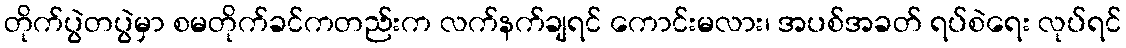
တိုက်ပွဲတပွဲမှာ စမတိုက်ခင်ကတည်းက လက်နက်ချရင် ကောင်းမလား၊ အပစ်အခတ် ရပ်စဲရေး လုပ်ရင်